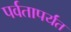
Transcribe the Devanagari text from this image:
पर्वतापर्यंत